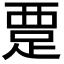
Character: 𬦭